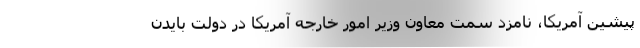
پیشین آمریکا، نامزد سمت معاون وزیر امور خارجه آمریکا در دولت بایدن